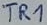
Text: TR1